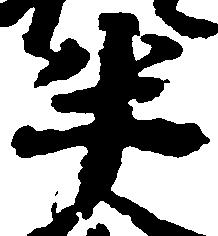
半